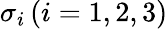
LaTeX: \sigma_{i}\, (i=1,2,3)